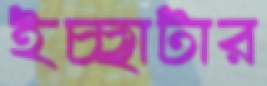
ইচ্ছাটার